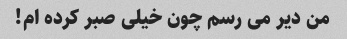
من دیر می رسم چون خیلی صبر کرده ام!